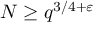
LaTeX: N \geq q ^ { 3 / 4 + \varepsilon }